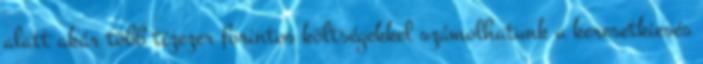
alatt akár több tízezer forintos költségekkel számolhatunk a keresetkiesés